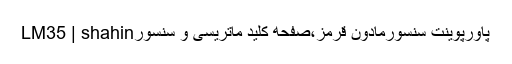
پاورپوینت سنسورمادون قرمز،صفحه کلید ماتریسی و سنسورLM35 | shahin